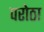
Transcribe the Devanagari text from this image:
परोठा